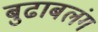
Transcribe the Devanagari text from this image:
बुढाबलंग